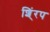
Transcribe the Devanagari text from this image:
शिं्रप